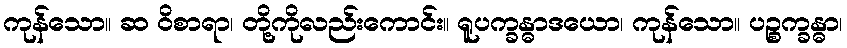
ကုန်သော။ ဆ ဝိစာရာ၊ တို့ကိုလည်းကောင်း။ ရူပက္ခန္ဓာဒယော၊ ကုန်သော။ ပဉ္စက္ခန္ဓာ၊